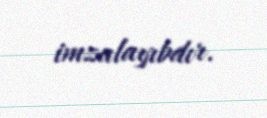
imzalayıbdır.